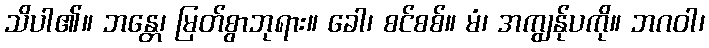
သိပါ၏။ ဘန္တေ၊ မြတ်စွာဘုရား။ ခေါ၊ စင်စစ်။ မံ၊ အကျွန်ုပကို။ ဘဂဝါ၊